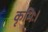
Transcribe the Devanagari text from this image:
कृमिः।